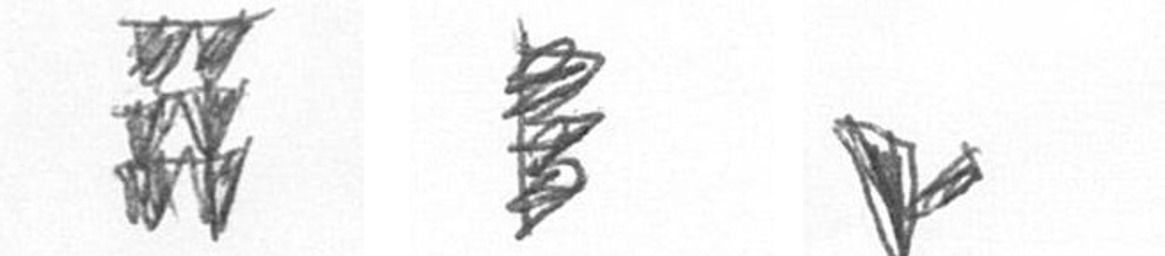
Y H F